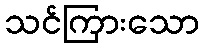
သင်ကြားသော